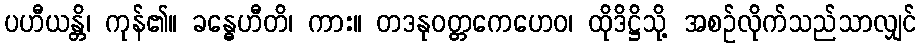
ပဟီယန္တိ၊ ကုန်၏။ ခန္ဓေဟီတိ၊ ကား။ တဒနုဝတ္တကေဟေဝ၊ ထိုဒိဋ္ဌိသို့ အစဉ်လိုက်သည်သာလျှင်